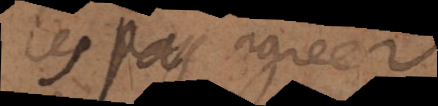
les pas agreer.